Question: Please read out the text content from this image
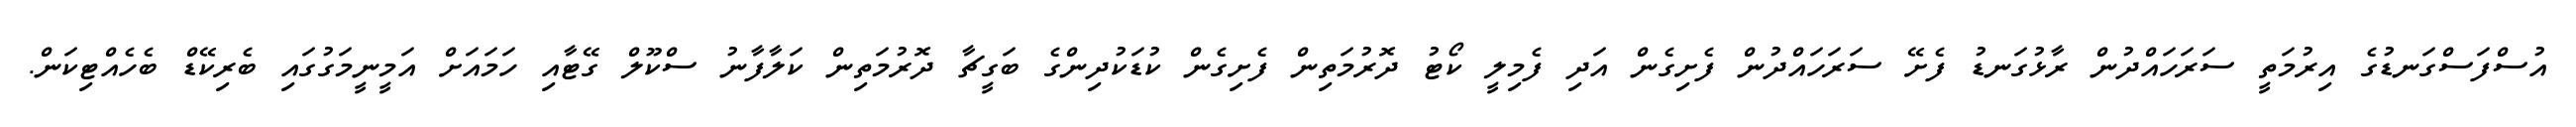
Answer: އުސްފަސްގަނޑުގެ އިރުމަތީ ސަރަހައްދުން ރާޅުގަނޑު ފެށޭ ސަރަހައްދުން ފެށިގެން އަދި ފެމިލީ ކޯޓު ދޮރުމަތިން ފެށިގެން ކުޑަކުދިންގެ ބަގީޗާ ދޮރުމަތިން ކަލާފާނު ސްކޫލް ގޭޓާއި ހަމައަށް އަމީނީމަގުގައި ބެރިކޭޑް ބެހެއްޓިކަން.